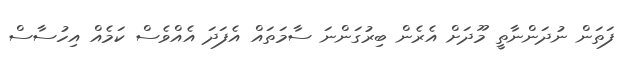
ފަތަން ނުދަންނާތީ މޫދަށް އެރެން ބިރުގަންނަ ސާމަތައް އެފަދަ އެއްވެސް ކަމެއް އިހުސާސް